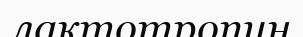
лактотропин